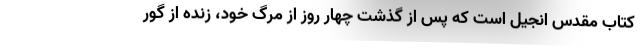
کتاب مقدس انجیل است که پس از گذشت چهار روز از مرگ خود، زنده از گور